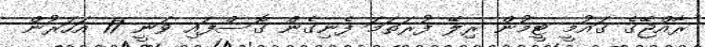
ރާއްޖޭގެ ގައުމީ ޓީމުން ރިލޭ ފުރަތަމަ ފެނިގެން ގޮސްފައި ވަނީ 17 އަހަރުން